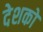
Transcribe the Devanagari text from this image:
देशको